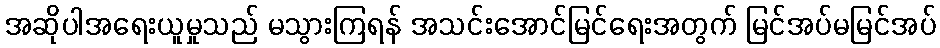
အဆိုပါအရေးယူမှုသည် မသွားကြရန် အသင်းအောင်မြင်ရေးအတွက် မြင်အပ်မမြင်အပ်